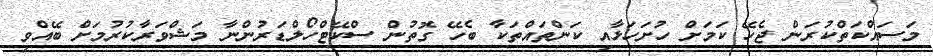
މަސައްކަތްކުރަން ޖެހޭ ކަމަށް ހުށަހަޅާއި ކަންތައްތަކާ ބެހޭ ގޮތުން ސްކޭޓްހޯލްޑަރުންނާ މަޝްވަރާކުރުމަށް ބޭއްވި